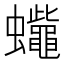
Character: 𧕓